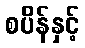
စပိန်နှင့်